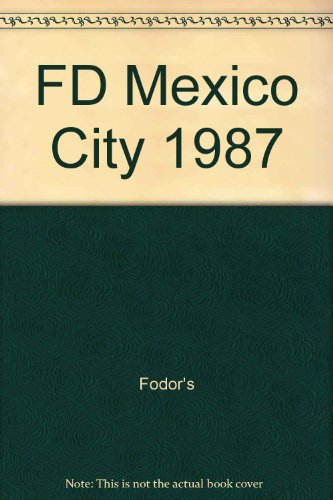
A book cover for FD Mexico City 1987; Fodor's; Travel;